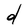
Character: d